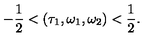
- \frac { 1 } { 2 } < ( \tau _ { 1 } , \omega _ { 1 } , \omega _ { 2 } ) < \frac { 1 } { 2 } .